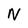
Character: N